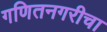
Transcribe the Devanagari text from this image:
गणितनगरीचा